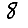
Digit: 8